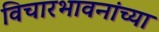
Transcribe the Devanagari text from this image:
विचारभावनांच्या